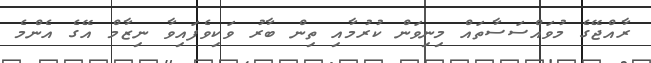
ރާއްޖޭގެ މުވައްސަސާތައް މިނިވަން ކުރުމާއި ތިން ބާރު ވަކިވެފައިވާ ނިޒާމް އޭގެ އެެންމެ